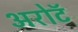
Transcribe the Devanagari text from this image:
अरोटॅ